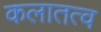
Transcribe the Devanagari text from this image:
कलातत्व